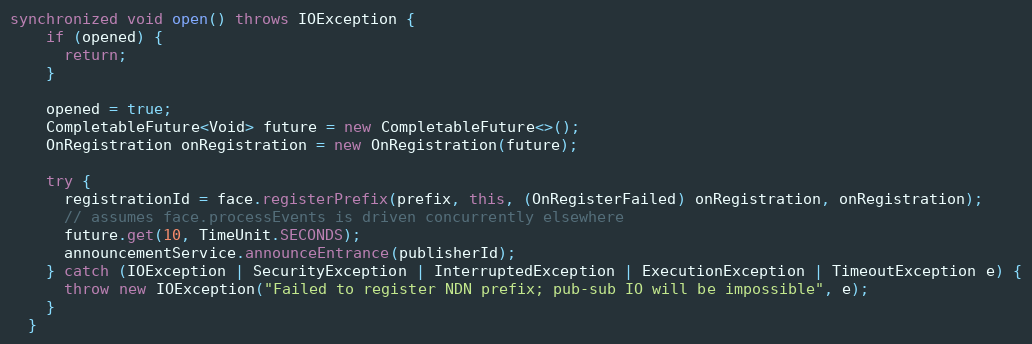
Language: Java
synchronized void open() throws IOException {
    if (opened) {
      return;
    }

    opened = true;
    CompletableFuture<Void> future = new CompletableFuture<>();
    OnRegistration onRegistration = new OnRegistration(future);

    try {
      registrationId = face.registerPrefix(prefix, this, (OnRegisterFailed) onRegistration, onRegistration);
      // assumes face.processEvents is driven concurrently elsewhere
      future.get(10, TimeUnit.SECONDS);
      announcementService.announceEntrance(publisherId);
    } catch (IOException | SecurityException | InterruptedException | ExecutionException | TimeoutException e) {
      throw new IOException("Failed to register NDN prefix; pub-sub IO will be impossible", e);
    }
  }